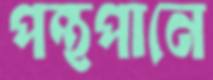
পন্থপানে